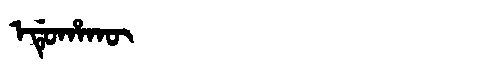
Manchu: ᡝᡩᡠᡥᠠᡴᡡ
Romanization: EDUHAKŪ